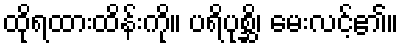
ထိုရထားထိန်းကို။ ပရိပုစ္ဆိ၊ မေးလင့်၏။